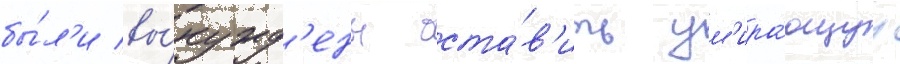
бы́л'и вы́нужд'ены оста́в'ить ум'ира́ющуу